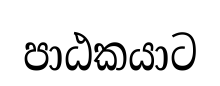
පාඨකයාට